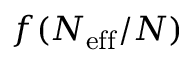
f ( N _ { \mathrm { e f f } } / N )